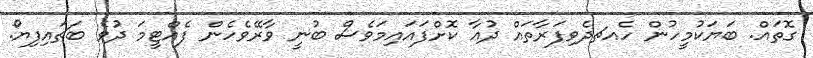
ގޮތައް. ބަޔަކުމީހުން ހެއޗދެވިފަރާތައް ދުޢާ ކޮށްފައައިމަވެސް ބުނީ ވާރޭވެހެން ފެއްޓީމަ ދުވެ ބަޗައިފިޔޯ.